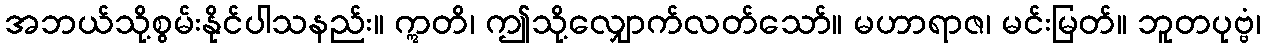
အဘယ်သို့စွမ်းနိုင်ပါသနည်း။ ဣတိ၊ ဤသို့လျှောက်လတ်သော်။ မဟာရာဇ၊ မင်းမြတ်။ ဘူတပုဗ္ဗံ၊